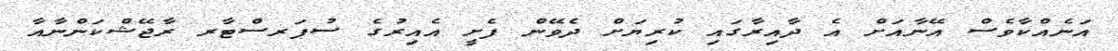
އަނެއްކާވެސް އޭނާއަށް އެ ދާއިރާގައި ކުރިޔަށް ދެވޭން ފެށީ އެއިރުގެ ސުޕަރސްޓާރ ރާޖޭޝްކަންނާއާ